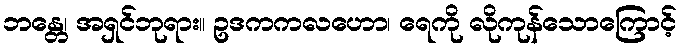
ဘန္တေ၊ အရှင်ဘုရား။ ဥဒကကလဟော၊ ရေကို လိုကုန်သောကြောင့်